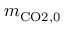
m _ { \mathrm { C O 2 , 0 } }